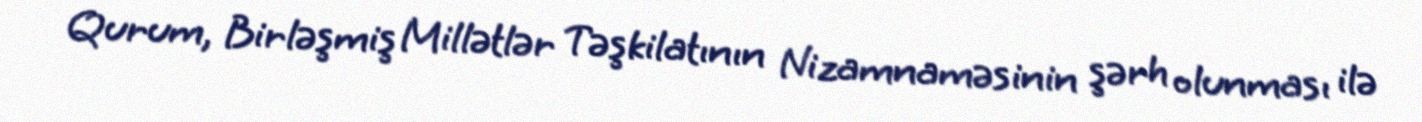
Qurum, Birləşmiş Millətlər Təşkilatının Nizamnaməsinin şərh olunması ilə